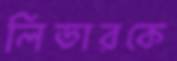
লিডারকে